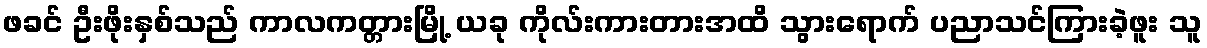
ဖခင် ဦးဖိုးနှစ်သည် ကာလကတ္တားမြို့ ယခု ကိုလ်းကားတားအထိ သွားရောက် ပညာသင်ကြားခဲ့ဖူး သူ